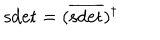
\mathrm { s d e t } = ( \overline { { { \mathrm { s d e t } } } } ) ^ { \dagger }